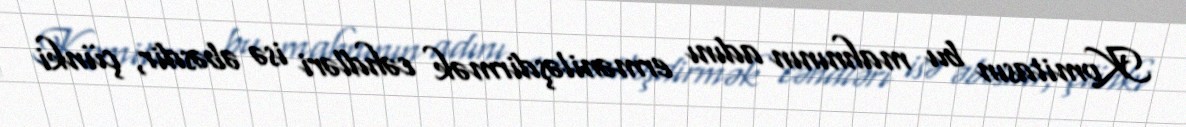
Komitasın bu mahnının adını erməniləşdirmək cəhdləri isə əbəsdir, çünki